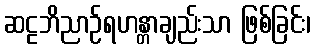
ဆဠဘိညာဉ်ရဟန္တာချည်းသာ ဖြစ်ခြင်း၊